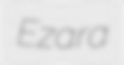
Ezara